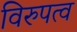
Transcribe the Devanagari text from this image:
विरुपत्व